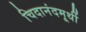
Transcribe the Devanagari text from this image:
चिदानंदमूर्थी